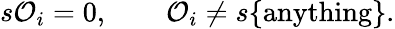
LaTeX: s{\cal O}_{i}=0,\quad\quad{\cal O}_{i}\ne s\{ \mathrm{anything}\} .